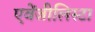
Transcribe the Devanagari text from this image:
एवेंजीलिस्टा